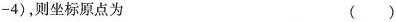
-4)，则坐标原点为（）